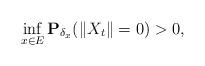
LaTeX: \begin{align*} \inf_{x\in E} \mathbf P_{\delta_x}(\|X_t\| = 0) > 0, \end{align*}